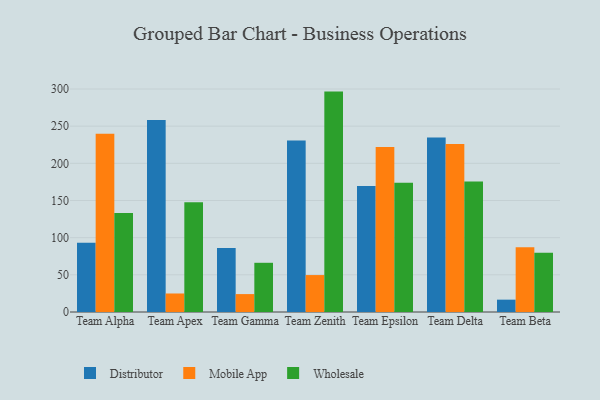
{"axis": {"x": "Team", "y": "Temperature (°C)"}, "legend": ["Distributor", "Mobile App", "Wholesale"], "data": [{"x": "Team Alpha", "y": 93.1, "type": "Distributor"}, {"x": "Team Alpha", "y": 239.9, "type": "Mobile App"}, {"x": "Team Alpha", "y": 133.1, "type": "Wholesale"}, {"x": "Team Apex", "y": 258.2, "type": "Distributor"}, {"x": "Team Apex", "y": 24.9, "type": "Mobile App"}, {"x": "Team Apex", "y": 147.6, "type": "Wholesale"}, {"x": "Team Gamma", "y": 86.0, "type": "Distributor"}, {"x": "Team Gamma", "y": 24.1, "type": "Mobile App"}, {"x": "Team Gamma", "y": 66.2, "type": "Wholesale"}, {"x": "Team Zenith", "y": 230.7, "type": "Distributor"}, {"x": "Team Zenith", "y": 49.7, "type": "Mobile App"}, {"x": "Team Zenith", "y": 296.5, "type": "Wholesale"}, {"x": "Team Epsilon", "y": 169.5, "type": "Distributor"}, {"x": "Team Epsilon", "y": 221.9, "type": "Mobile App"}, {"x": "Team Epsilon", "y": 173.8, "type": "Wholesale"}, {"x": "Team Delta", "y": 234.8, "type": "Distributor"}, {"x": "Team Delta", "y": 226.1, "type": "Mobile App"}, {"x": "Team Delta", "y": 175.5, "type": "Wholesale"}, {"x": "Team Beta", "y": 16.6, "type": "Distributor"}, {"x": "Team Beta", "y": 87.1, "type": "Mobile App"}, {"x": "Team Beta", "y": 79.8, "type": "Wholesale"}]}